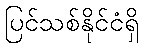
ပြင်သစ်နိုင်ငံရှိ